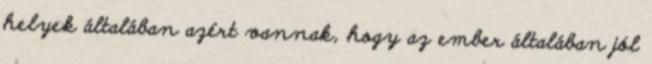
helyek általában azért vannak, hogy az ember általában jól